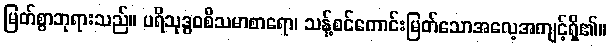
မြတ်စွာဘုရားသည်။ ပရိသုဒ္ဓဝစီသမာစာရော၊ သန့်စင်ကောင်းမြတ်သောအလေ့အကျင့်ရှိ၏။